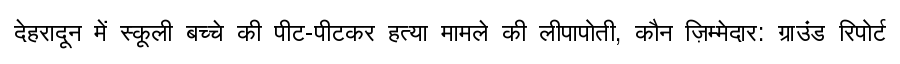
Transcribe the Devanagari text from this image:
देहरादून में स्कूली बच्चे की पीट-पीटकर हत्या मामले की लीपापोती, कौन ज़िम्मेदार: ग्राउंड रिपोर्ट